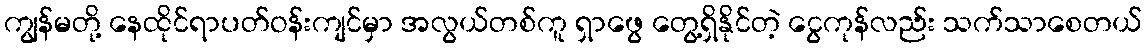
ကျွန်မတို့ နေထိုင်ရာပတ်ဝန်းကျင်မှာ အလွယ်တစ်ကူ ရှာဖွေ တွေ့ရှိနိုင်တဲ့ ငွေကုန်လည်း သက်သာစေတယ်